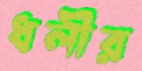
ধলীর